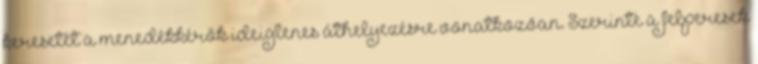
keresetét a menedékkérők ideiglenes áthelyezésre vonatkozóan. Szerinte a felperesek